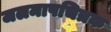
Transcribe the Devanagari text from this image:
जलमापचित्रक